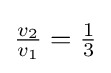
{\tfrac {v_{2}}{v_{1}}}={\tfrac {1}{3}}